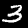
Label: 3